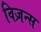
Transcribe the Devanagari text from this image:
विज़न्स